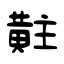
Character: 黈